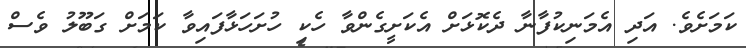
ކަމަށެވެ. އަދި އެމަނިކުފާނާ ދެކޮޅަށް އެކަށީގެންވާ ހެކި ހުށަހަޅާފައިވާ ކަމަށް ގަބޫލު ވެސް